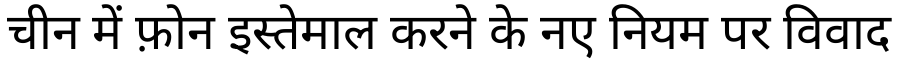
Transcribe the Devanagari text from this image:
चीन में फ़ोन इस्तेमाल करने के नए नियम पर विवाद